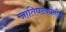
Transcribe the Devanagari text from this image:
जातिघटकांनीही